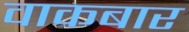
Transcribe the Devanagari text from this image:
वाकबार